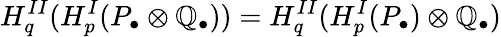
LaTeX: H_{q}^{II}(H_{p}^{I}(P_{\bullet}\otimes\mathbb{Q}_{\bullet}))=H_{q}^{II}(H_{p}^{I}(P_{\bullet})\otimes\mathbb{Q}_{\bullet})